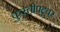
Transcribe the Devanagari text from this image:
कुस्तीपटूवर